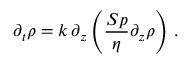
\partial _ { t } \rho = k \, \partial _ { z } \left( \frac { S p } { \eta } \partial _ { z } \rho \right) \, .